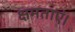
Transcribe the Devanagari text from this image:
क्षमताएं।